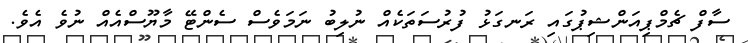
ސާފް ޗެމްޕިއަންޝިޕުގައި ރަނގަޅު ފުރުސަތަކެއް ނުލިބު ނަމަވެސް ސެންޓޭ މާޔޫސްއެއް ނުވެ އެވެ.